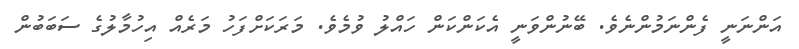
އަންނަނީ ފެންނަމުންނެވެ. ބޭނުންވަނީ އެކަންކަން ހައްލު ވުމެވެ. މަރަކަށްފަހު މަރެއް އިހުމާލުގެ ސަބަބުން